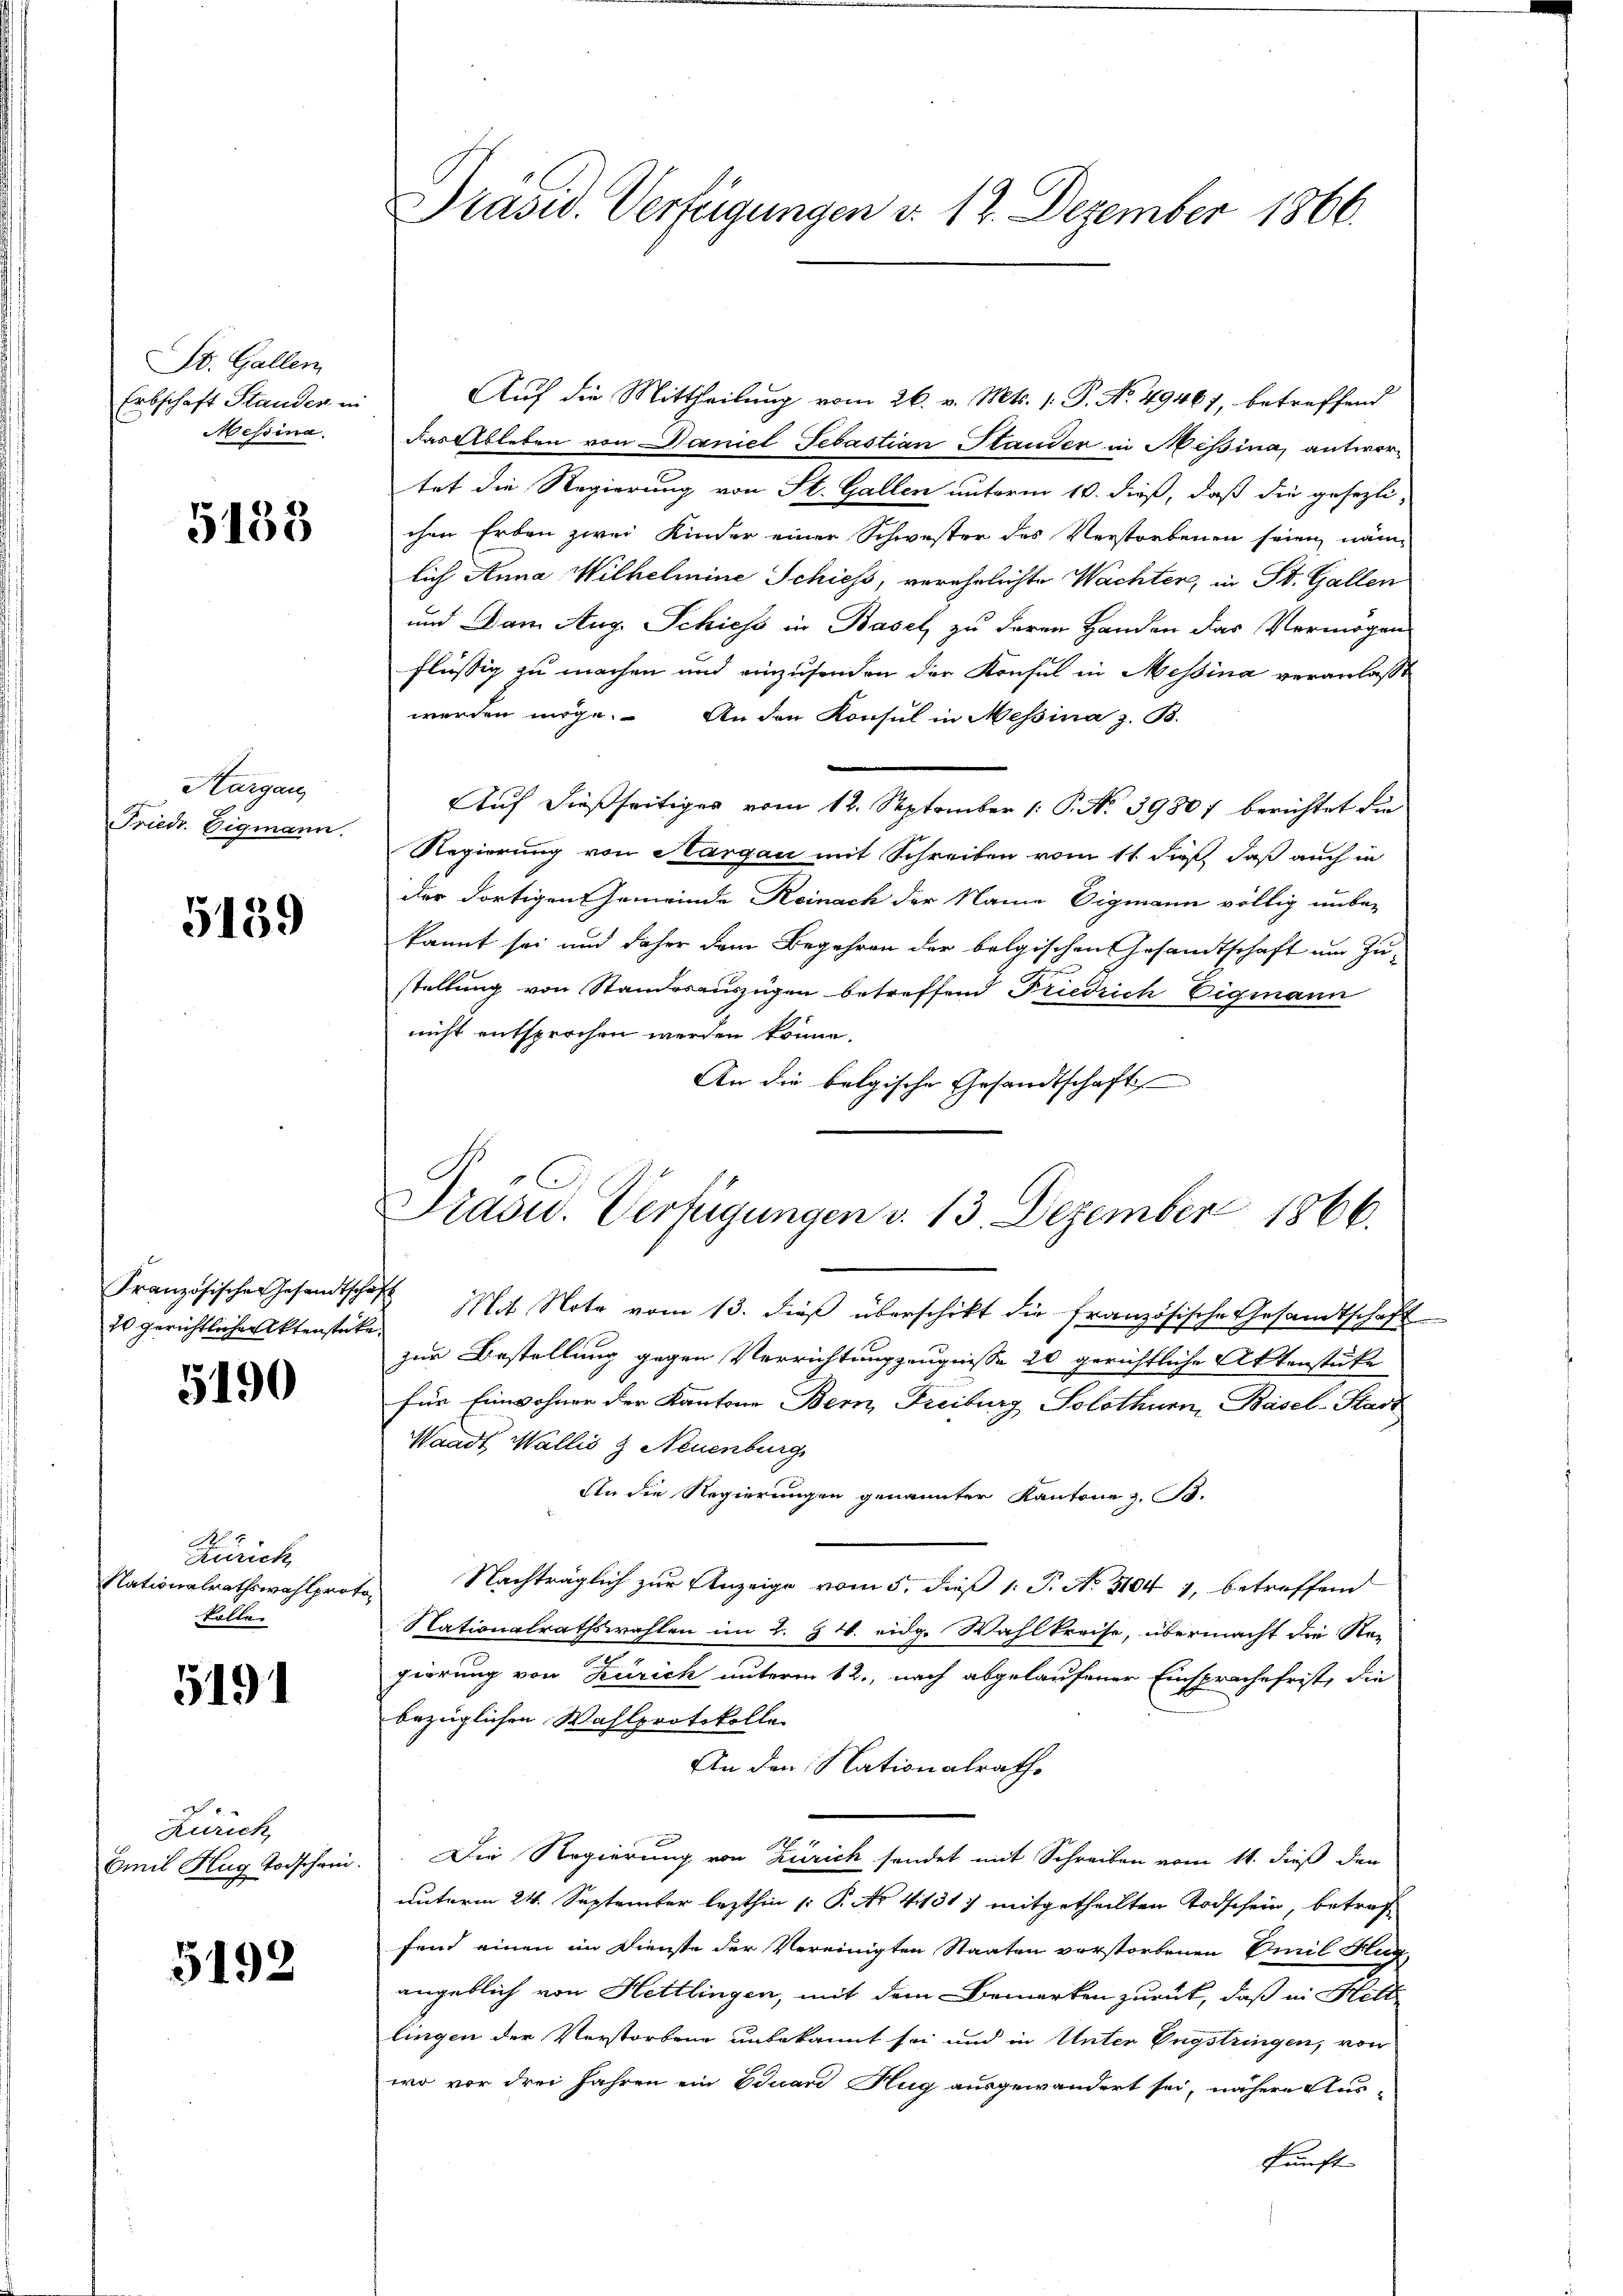
St. Gallen,
Erbschaft Standen in
Messina.

5138

Aargau
Fried. Eigmann.

5139

20 gerichtlicher Aktenstate.

5190

No. 1.
Zürich
Nationalrathswahlprot
kollen

5191

Zürich
Emil Hug Todschein

5192

Präsid. Verfügungen d. 12. Dezember 1866.

Auf die Mittheilung vom 26. v. Mts. 1. P. No. 49461, betreffend
das Ableben von Daniel Sebastian Stander in Messina, antwortet die Regierung von St. Gallen unterm 10. dieß, daß die gesezli-
chen Erben zwei Kinder einer Schwester des Verstorbenen seien, näm
lich Anna Wilhelmine Schiess, verehrlichte Wachter, in St. Gallen
und Dem Aug. Schiess in Basel zu deren Handen das Vermögen
flüssig zu machen und einzusenden der Konsul in Messina veranlasst
werden möge. An den Konsul in Messina z. B.
Auf dießseitiges vom 12. September 1 P. No. 39807 berichtet die
Regierung von Aargau mit Schreiben vom 11. dieß, daß auch in
der dortigen Gemeinde Reinach der Name Vigmann völlig unbekannt sei und daher dem Begehren der belgischen Gesandtschaft um Zu-
stellung von Standesauszügen betreffend Friedrich Eigmann
nicht entsprochen werden könne.
An die belgische Ehesandtschaft
Französischen Gesandtschaft Mit Note vom 13. dieβ überschikt die französische Gesandtschaft
zur Bestellung gegen Verrichtung zeugnisse 20 gerichtliche Aktenstücke
für Einwohner der Kantone Bern, Freiburg Solothurn, Basel-Stadt
Waadt, Wallis & Neuenburg
An die Regierungen genannter Kantone 3. 13.
Nachträglich zur Anzeige vom 5. dieß 1 S. N. 1104 1, betreffend
6
Nationalrathswahlen im 2. 34. eidg. Wahlkreise, übermacht die Regierung von Zürich unterm 12., nach abgelaufener Einsprache frist, die
bezüglichen Wahlprotokolle
An den Nationalrath
Die Regierung von Zürich sendet mit Schreiben vom 11. dieß den
unterm 24. September lezthin /: P. Nr. 41131. mitgetheilten Todschein, betroffend einen im Dienste der Vereinigten Staaten verstorbenen Emil Hug
angeblich von Hettlingen, mit dem Bemerken zurück, daß in Hett
lingen der Verstorbene unbekannt sei und in Unter Engstringen, von
wo vor drei Jahren ein Eduard Hug ausgewandert sei, nähere Aus-
kunft

Präsid. Verfügungen d. 13. Dezember 1866.